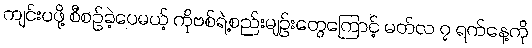
ကျင်းပဖို့ စီစဉ်ခဲ့ပေမယ့် ကိုဗစ်ရဲ့စည်းမျဉ်းတွေကြောင့် မတ်လ ၇ ရက်နေ့ကို